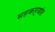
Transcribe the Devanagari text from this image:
सहकार्‍यांत